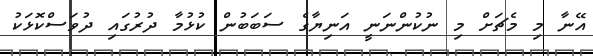
އޭނާ މި މެޗަށް މި ނުކުންނަނީ އަނިޔާގެ ސަބަބުން ކުޅުމާ ދުރުގައި ދުވަސްކޮޅަކު